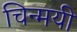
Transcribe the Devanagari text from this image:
चिन्मयी